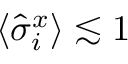
\langle \hat { \sigma } _ { i } ^ { x } \rangle \lesssim 1